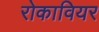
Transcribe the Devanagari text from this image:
रोकावियर